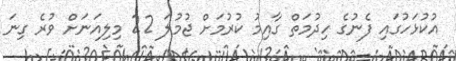
އުކުޅަހުގައި ފެނުގެ ހިދުމަތް ގާއިމު ކުރުމަށް ޖުމުލަ 22 މިލިއަނަށް ވުރެ ގިނަ